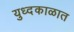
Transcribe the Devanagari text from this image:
युध्दकाळात